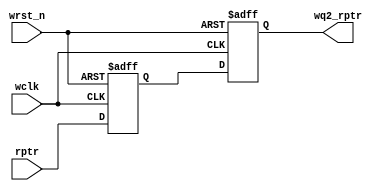
`timescale 1ns/1ps

module sync_r2w (wq2_rptr,rptr,wclk,wrst_n);
 parameter ADDRSIZE = 4;
 output reg [ADDRSIZE:0] wq2_rptr;
 
 input [ADDRSIZE:0] rptr;
 input wclk, wrst_n;
 
 reg [ADDRSIZE:0] wq1_rptr;
 
 always @(posedge wclk or negedge wrst_n)
 
 if (!wrst_n) {wq2_rptr,wq1_rptr} <= 0;
 
 else {wq2_rptr,wq1_rptr} <= {wq1_rptr,rptr};

endmodule